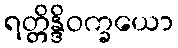
ရတ္တိန္ဒိဝက္ခယော